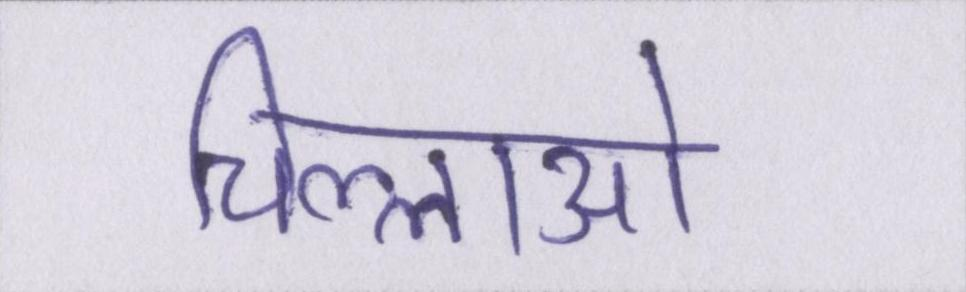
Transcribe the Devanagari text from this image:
चिल्लाओ